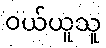
ဝယ်ယူသူ